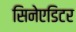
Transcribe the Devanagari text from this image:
सिनेएडिटर